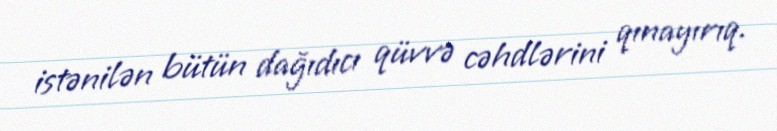
istənilən bütün dağıdıcı qüvvə cəhdlərini qınayırıq.